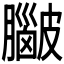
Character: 𥀮